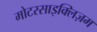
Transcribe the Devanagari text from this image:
मोटरसाइक्लिज़म